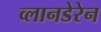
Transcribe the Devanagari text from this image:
व्लानडेरेन